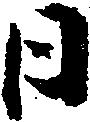
日